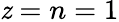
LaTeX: \mathit{z}=n=1